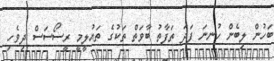
ބަހުން ލިބެން ހުނނަ ފަދަ ތަފާތު ބާވަތް ތަކުގެ ތައުލީމީ ރީސޯސަސް ދިވެހި